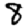
Digit: 8